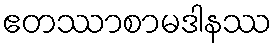
ဧတဿာစာမဒါနဿ